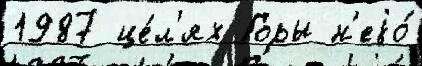
1987 це́л'ях Горы н'еjо́